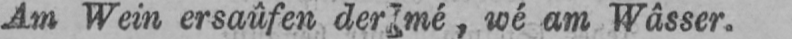
wé am Wâsser.